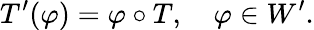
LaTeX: T^{\prime}(\varphi)=\varphi\circ T,\quad\varphi\in W^{\prime}.